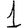
Digit: 1